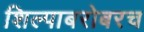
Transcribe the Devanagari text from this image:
शिल्पाबरोबरच